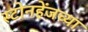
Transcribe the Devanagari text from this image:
स्टोनहेंजच्या